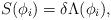
LaTeX: \begin{align*}S(\phi_i)=\delta\Lambda(\phi_i),\end{align*}